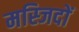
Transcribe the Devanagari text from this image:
मस्‍जिदों